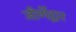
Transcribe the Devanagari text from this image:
जीर्णेद्वार